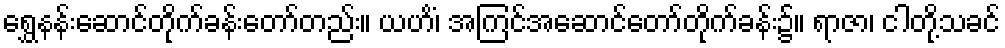
ရွှေနန်းဆောင်တိုက်ခန်းတော်တည်း။ ယဟိံ၊ အကြင်အဆောင်တော်တိုက်ခန်း၌။ ရာဇာ၊ ငါတို့သခင်